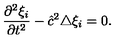
\frac { \partial ^ { 2 } \xi _ { i } } { \partial t ^ { 2 } } - { \hat { c } } ^ { 2 } \triangle \xi _ { i } = 0 .